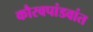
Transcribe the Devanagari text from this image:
कौरवपांडवांत